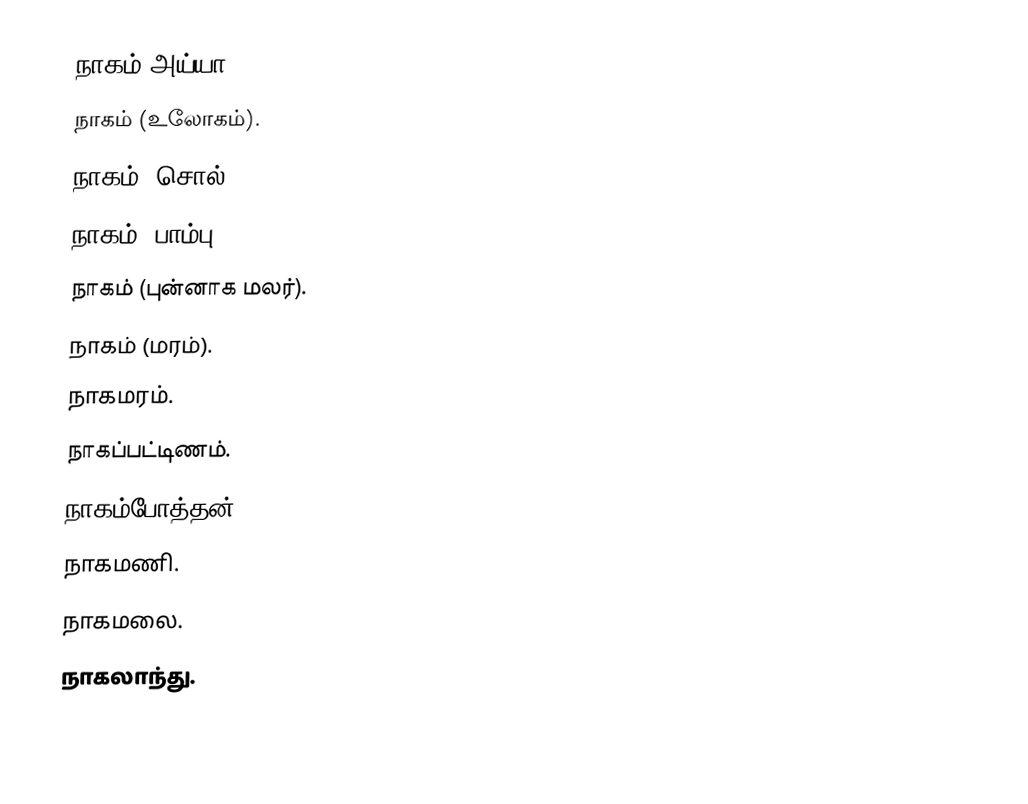
நாகம் அய்யா.
நாகம் (உலோகம்).
நாகம் (சொல்).
நாகம் (பாம்பு).
நாகம் (புன்னாக மலர்).
நாகம் (மரம்).
நாகமரம்.
நாகப்பட்டிணம்.
நாகம்போத்தன்.
நாகமணி.
நாகமலை.
நாகலாந்து.